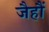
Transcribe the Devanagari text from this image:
जैहौं